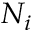
N _ { i }